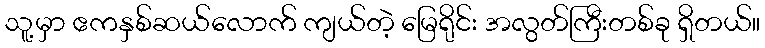
သူ့မှာ ဧကနှစ်ဆယ်လောက် ကျယ်တဲ့ မြေရိုင်း အလွတ်ကြီးတစ်ခု ရှိတယ်။